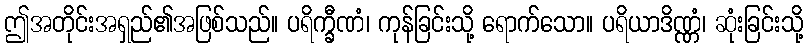
ဤအတိုင်းအရှည်၏အဖြစ်သည်။ ပရိက္ခီဏံ၊ ကုန်ခြင်းသို့ ရောက်သော။ ပရိယာဒိဏ္ဏံ၊ ဆုံးခြင်းသို့